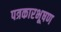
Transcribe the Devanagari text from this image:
पत्रकारभूषण